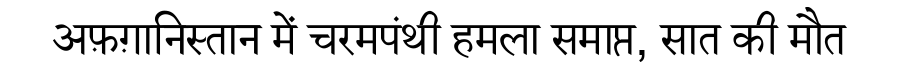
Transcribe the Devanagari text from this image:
अफ़ग़ानिस्तान में चरमपंथी हमला समाप्त, सात की मौत